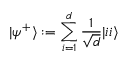
| \psi ^ { + } \rangle : = \sum _ { i = 1 } ^ { d } \frac { 1 } { \sqrt { d } } | i i \rangle